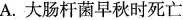
A.大肠杆菌早秋时死亡